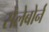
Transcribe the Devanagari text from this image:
सेलेबोर्न